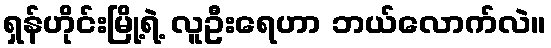
ရှန်ဟိုင်းမြို့ရဲ့ လူဦးရေဟာ ဘယ်လောက်လဲ။